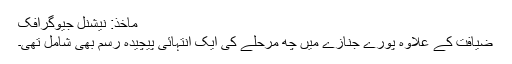
ماخذ: نیشنل جیوگرافک
ضیافت کے علاوہ پورے جنازے میں چھ مرحلے کی ایک انتہائی پیچیدہ رسم بھی شامل تھی۔